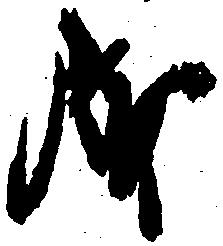
成